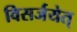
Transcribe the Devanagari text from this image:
विसर्जयेत्